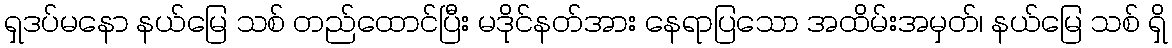
ရှဒပ်မနော နယ်မြေ သစ် တည်ထောင်ပြီး မဒိုင်နတ်အား နေရာပြသော အထိမ်းအမှတ်၊ နယ်မြေ သစ် ရှိ